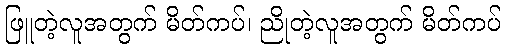
ဖြူတဲ့လူအတွက် မိတ်ကပ်၊ ညိုတဲ့လူအတွက် မိတ်ကပ်